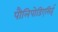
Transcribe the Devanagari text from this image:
पौलिपोडिएसिई